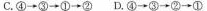
C.④→③→①→②D.④→③→②→①